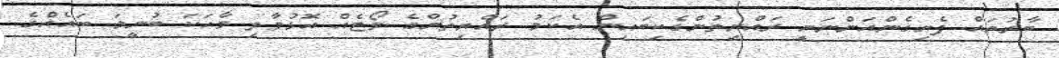
ބާރުތައް ފެށިގެންއަންނަނީ ރައްޔިތުންގެކިބައިން އެކަމު ރައްޔިތުންގެ ވޯޓެއް އޮޅުވާލި ވާހަކަ ބުނީމަ ބައެއްގެ